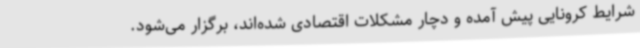
شرایط کرونایی پیش آمده و دچار مشکلات اقتصادی شده‌اند، برگزار می‌شود.